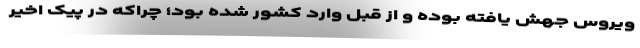
ویروس جهش یافته بوده و از قبل وارد کشور شده بود؛ چراکه در پیک اخیر